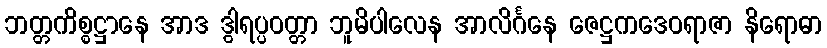
ဘတ္တကိစ္စဋ္ဌာနေ အာဒ ဒွါရပ္ပဝတ္တာ ဘူမိပါလေန အာလိင်္ဂနေ ဇေဋ္ဌကဒေဝရာဇာ နိရောဓာ